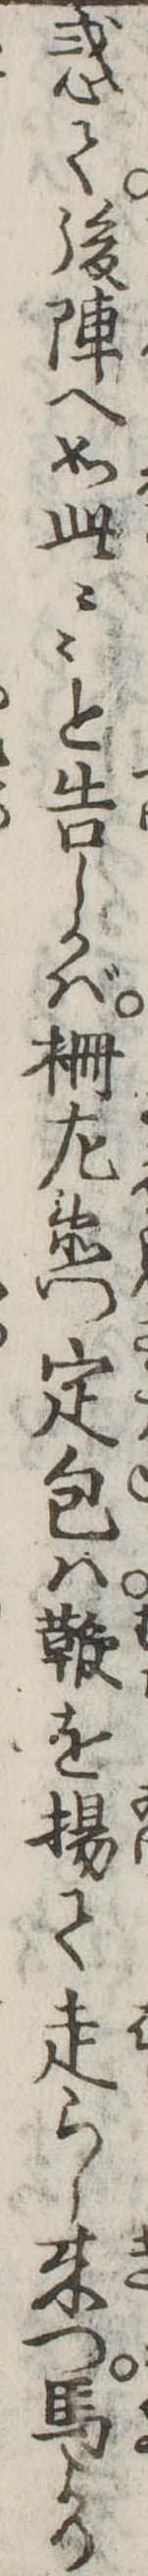
惑て後陣へ如此々々と告しかば柵㔫衛門定包は鞭を揚て走らし来つ馬より